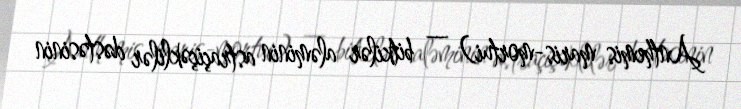
Anthemis maris-mortui) — bitkilər aləminin astraçiçəklilər dəstəsinin